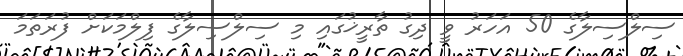
ސިލްސިލާގެ 50 އަހަރު ވީ ދިގު ތާރީޚުގައި މި ސިލްސިލާގެ ފިލްމަކަށް ފުރަތަމަ